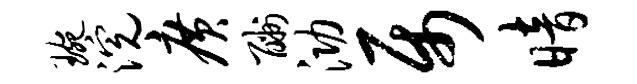
琬浣广酬泐属暗